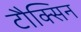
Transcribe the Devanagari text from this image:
टौक्सिन